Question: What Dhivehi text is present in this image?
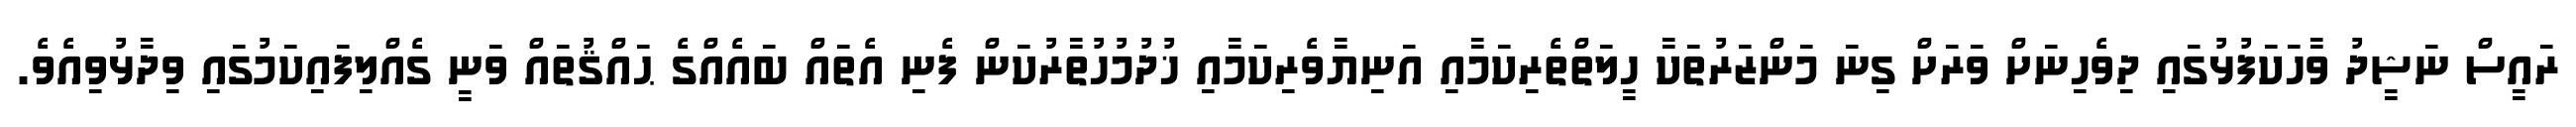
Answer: ރައީސް ނަޝީދު ވާހަކަފުޅުގައި ދިވެހިނަށް ވަރަށް ގިނަ މަންޒަރުތަކާ ހީލަތްތެރިކަމާއި އަނިޔާވެރިކަމާއި ޚުދުމުހުތާރުކަން ފެނި އެތައް ބައެއްގެ ޙައްޤުތައް ވަނީ ގެއްލިފައިކަމުގައި ވިދާޅުވިއެވެ.